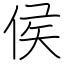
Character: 侯